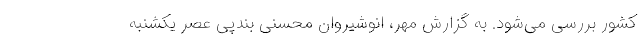
کشور بررسی می‌شود. به گزارش مهر، انوشیروان محسنی بندپی عصر یکشنبه